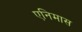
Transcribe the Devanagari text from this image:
एनिमास